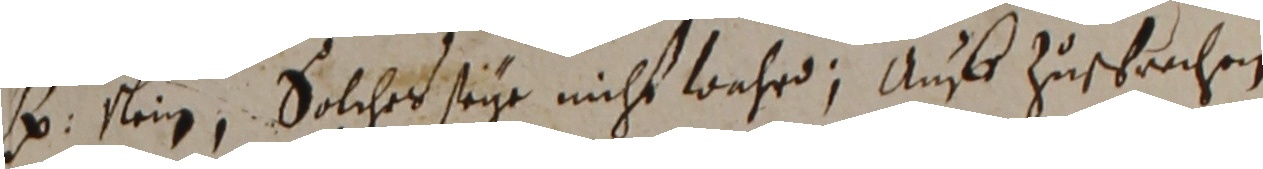
B sein solches seye nicht wehrd, auff zusprachen